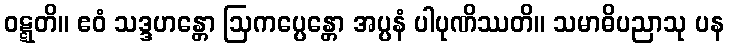
ဝဋ္ဋတိ။ ဧဝံ သဒ္ဒဟန္တော ဩကပ္ပေန္တော အပ္ပနံ ပါပုဏိဿတိ။ သမာဓိပညာသု ပန